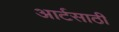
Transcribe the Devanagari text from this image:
आर्टसाठी